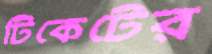
টিকেটের